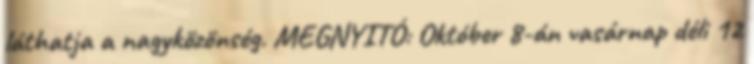
láthatja a nagyközönség. MEGNYITÓ: Október 8-án vasárnap déli 12